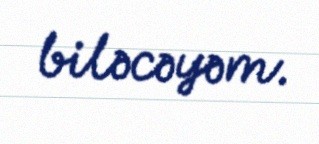
biləcəyəm.